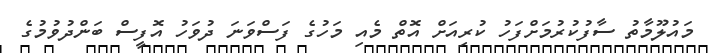
މައުލޫމާތު ސާފުކުރުމަށްފަހު ކުރިއަށް އޮތް މެއި މަހުގެ ފަސްވަނަ ދުވަހު އޮފީސް ބަންދުވުމުގެ